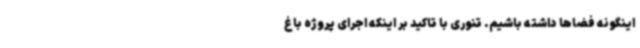
اینگونه فضاها داشته باشیم. تنوری با تاکید بر اینکه اجرای پروژه باغ